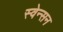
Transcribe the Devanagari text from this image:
स्वेन्सन